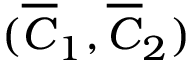
( \overline { { C } } _ { 1 } , \overline { { C } } _ { 2 } )